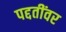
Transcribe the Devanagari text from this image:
पद्दतींवर